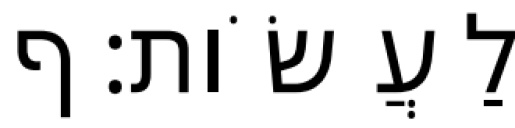
לַעֲשֹׂות׃ ף